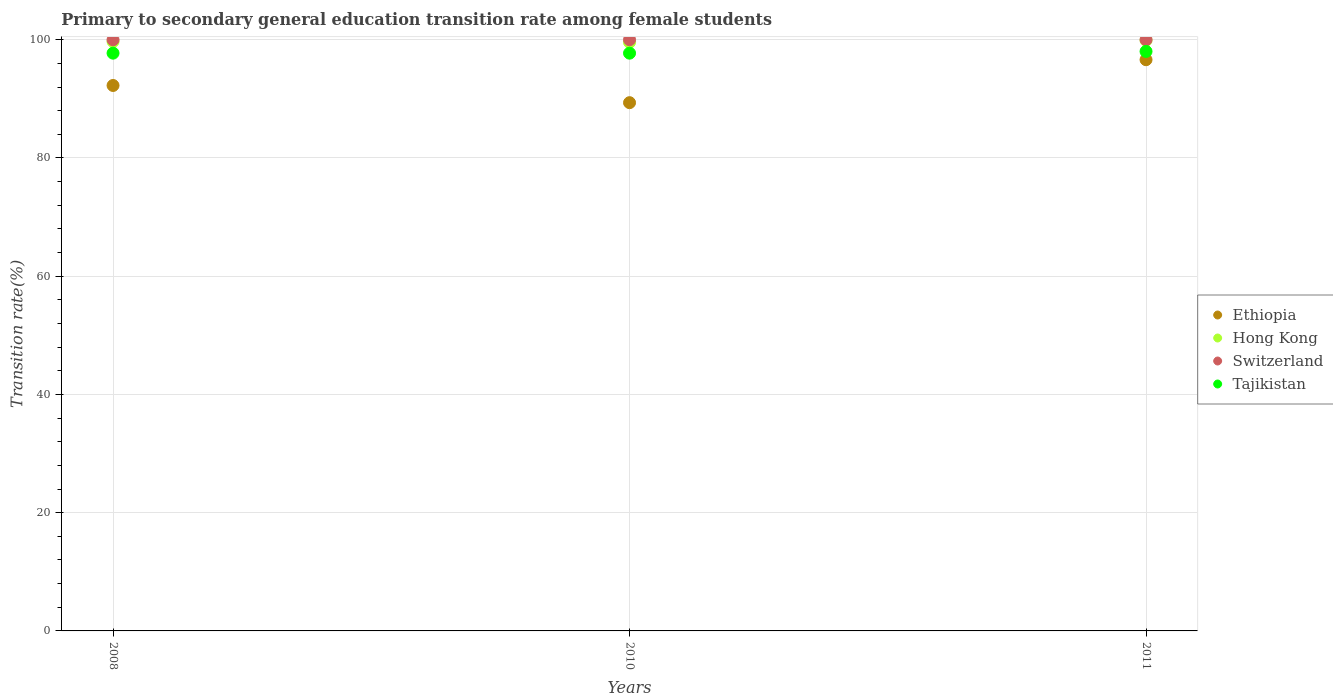
| Years | Ethiopia | Hong Kong | Switzerland | Tajikistan |
 | --- | --- | --- | --- | --- |
 | 2008 | 92.3 | 99.7 | 100 | 97.7 |
 | 2010 | 89.4 | 99.6 | 100 | 97.7 |
 | 2011 | 96.6 | 99.9 | 100 | 98 |